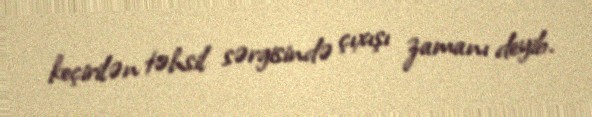
keçirilən təhsil sərgisində çıxışı zamanı deyib.